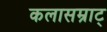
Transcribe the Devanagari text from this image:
कलासम्राट्